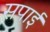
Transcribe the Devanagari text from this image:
सपाई